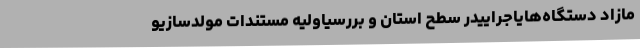
مازاد دستگاه‌هایاجراییدر سطح استان و بررسیاولیه مستندات مولدسازیو